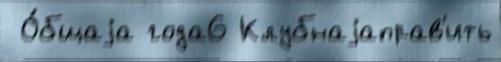
 О́бщаjа года6 Клубнаjаправ'ить